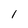
Character: I